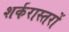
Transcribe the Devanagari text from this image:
शर्करास्तरों